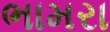
ભામરા